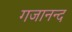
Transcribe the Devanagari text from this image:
गजानन्द